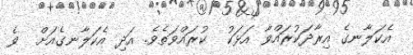
އެކަލާނގެ އިރާދަކުރައްވާ އަޅަކު  ކުރައްވަތެވެ. އަދި އެކަލާނގެއަށް  ވެ